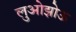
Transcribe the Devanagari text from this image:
लुओझोऊ